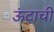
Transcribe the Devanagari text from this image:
ऊंटाची